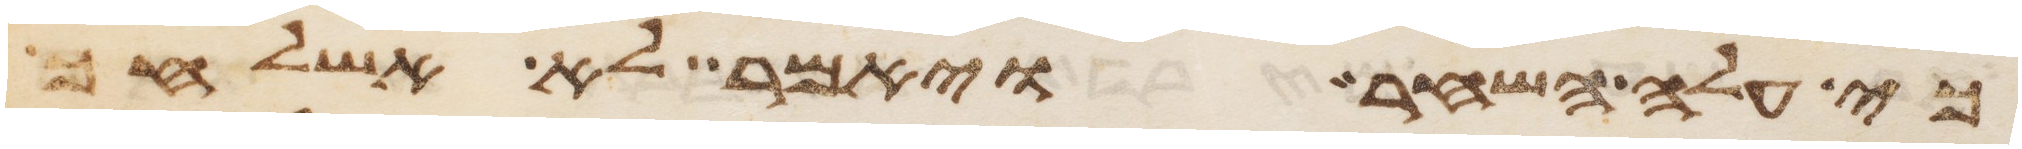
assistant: כי עלה השחר ויאמר לא אשלחך